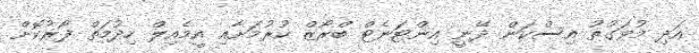
އަދި މުވަގުތު އިސްކަން ދޭނީ އިންޓަނެޓް ބްރޯޒް ކުރުމަށާއި އީމެއިލް ހިދުމަތް ފޯރުކޮށް